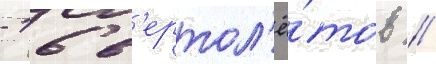
- 16 в'ертол'ё́тов //